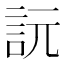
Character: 䛃